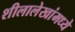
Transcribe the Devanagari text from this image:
शीलालेखांमध्ये